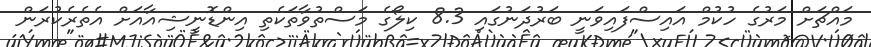
މައްޗަށް މަރުގެ ހުކުމް އައިސްފައިވަނީ ބަރުދަނުގައި 8.3 ކިލޯގެ މަސްތުވާތަކެތި އިންޑޮނީޝިއާއަށް އެތެރެކުރަން